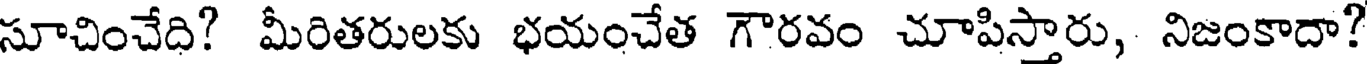
సూచించేది? మీరితరులకు భయంచేత గౌరవం చూపిస్తారు, నిజంకాదా?